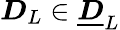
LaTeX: \boldsymbol{D}_{L}\in\underline{{\boldsymbol{D}}}_{L}